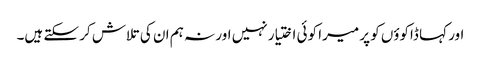
اور کہا ڈاکوؤں کو پر میرا کوئی اختیار نہیں اور نہ ہم ان کی تلاش کر سکتے ہیں۔